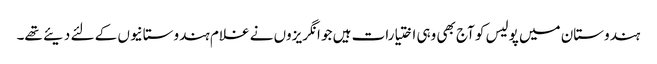
ہندوستان میں پولیس کو آج بھی وہی اختیارات ہیں جو انگریزوں نے غلام ہندوستانیوں کے لئے دیئے تھے۔